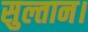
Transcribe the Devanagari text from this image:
सुल्तान।